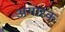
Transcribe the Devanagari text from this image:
अगारक